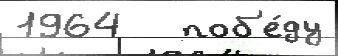
1964   поб'е́ду